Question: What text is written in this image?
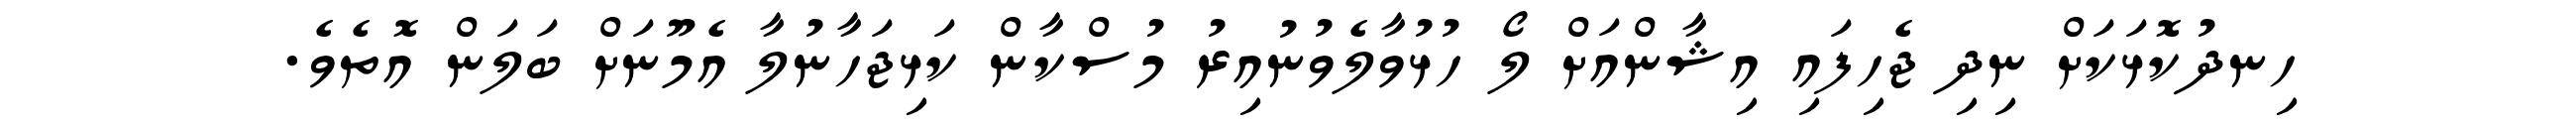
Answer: ހިނދުކޮޅަކަށް ނިދި ޖެހިފައި އިޝާންއަށް ލޯ ހުޅުވާލެވުނުއިރު މުސްކާން ކަޅިޖަހާނުލާ އެމޫނަށް ބަލަން އޮތެވެ.